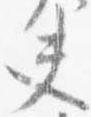
夫